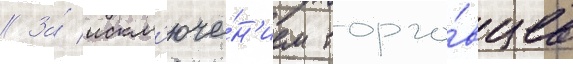
// За́ искл'юче́н'ием торго́вцев